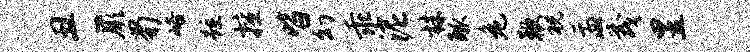
丑蕨蜀峪踵擅皆幻乖泥株觚危鞭祝盂茂昱